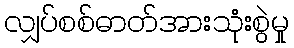
လျှပ်စစ်ဓာတ်အားသုံးစွဲမှု